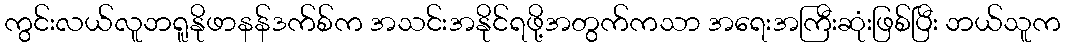
ကွင်းလယ်လူဘရူနိုဖာနန်ဒက်စ်က အသင်းအနိုင်ရဖို့အတွက်ကသာ အရေးအကြီးဆုံးဖြစ်ပြီး ဘယ်သူက